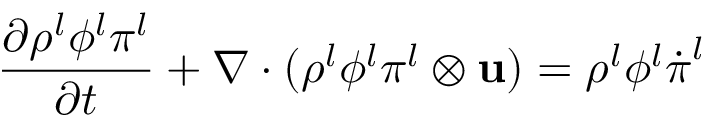
\frac { \partial \rho ^ { l } \phi ^ { l } \boldsymbol \pi ^ { l } } { \partial t } + \nabla \cdot ( \rho ^ { l } \phi ^ { l } \boldsymbol \pi ^ { l } \otimes \mathbf { u } ) = \rho ^ { l } \phi ^ { l } \dot { \boldsymbol \pi } ^ { l }